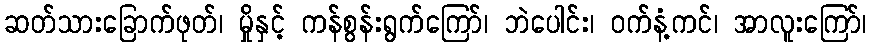
ဆတ်သားခြောက်ဖုတ်၊ မှိုနှင့် ကန်စွန်းရွက်ကြော်၊ ဘဲပေါင်း၊ ဝက်နံ့ကင်၊ အာလူးကြော်၊